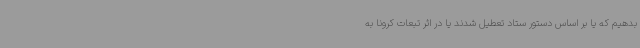
بدهیم که یا بر اساس دستور ستاد تعطیل شدند یا در اثر تبعات کرونا به